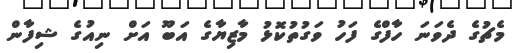
މެޗުގެ ދެވަނަ ހާފްގެ ފަހު ވަގުތުކޮޅު މާޒިޔާގެ އަބޫ އަށް ނިއުގެ ޝިފާން